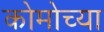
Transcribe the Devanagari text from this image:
कोमोच्या